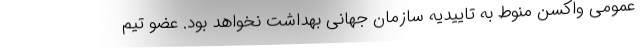
عمومی واکسن منوط به تاییدیه سازمان جهانی بهداشت نخواهد بود. عضو تیم